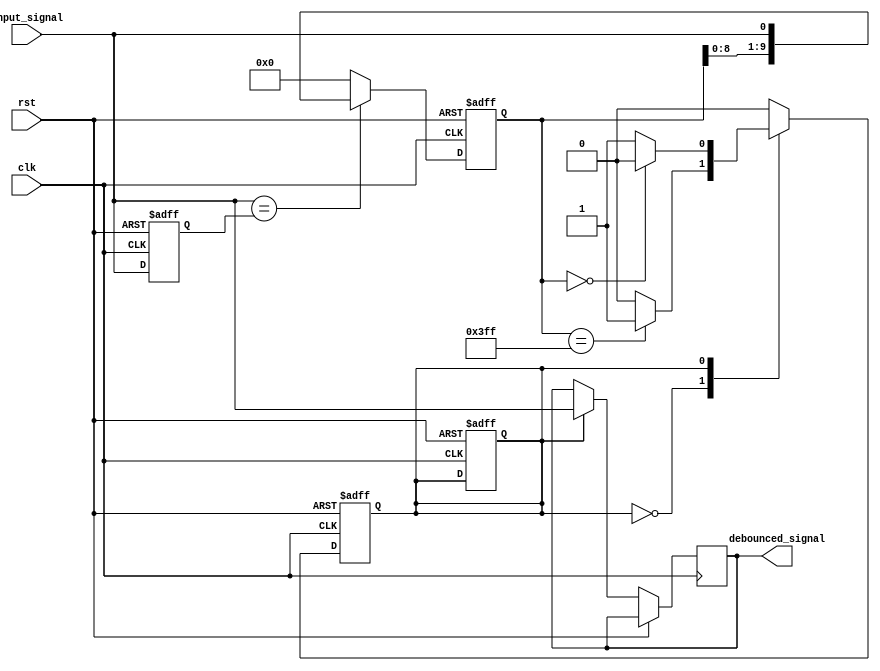
module debounce_circuit (

input wire clk,
input wire rst,
input wire input_signal,
output wire debounced_signal

);

parameter NUM_CYCLES = 10;

reg [NUM_CYCLES-1:0] counter;
reg prev_input_signal;
reg debounced_state;

always @ (posedge clk or posedge rst) begin
if (rst) begin
prev_input_signal <= 1'b0;
counter <= {NUM_CYCLES{1'b0}};
debounced_state <= 1'b0;
end else begin
prev_input_signal <= input_signal;
if (input_signal == prev_input_signal) begin
counter <= {counter[NUM_CYCLES-2:0], input_signal};
end else begin
counter <= {NUM_CYCLES{1'b0}};
end
end
end

always @ (posedge clk or posedge rst) begin
if (rst) begin
debounced_state <= 1'b0;
end else begin
case (debounced_state)
0: begin
if (counter == {NUM_CYCLES{1'b1}}) begin
debounced_state <= 1'b1;
end
end
1: begin
debounced_signal <= input_signal;
if (counter == {NUM_CYCLES{1'b0}}) begin
debounced_state <= 1'b0;
end
end
endcase
end
end

endmodule